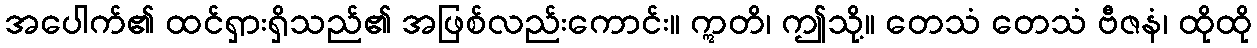
အပေါက်၏ ထင်ရှားရှိသည်၏ အဖြစ်လည်းကောင်း။ ဣတိ၊ ဤသို့။ တေသံ တေသံ ဗီဇနံ၊ ထိုထို